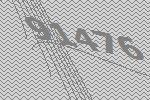
91476